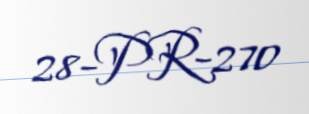
28-PR-270